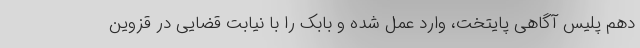
دهم پلیس آگاهی پایتخت، وارد عمل شده و بابک را با نیابت قضایی در قزوین